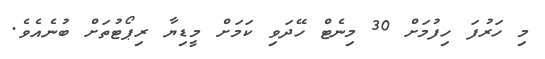
މި ހަރުފަ ހިފުމަށް 30 މިނެޓް ހޭދަވި ކަމަށް މީޑިޔާ ރިޕޯޓުތަށް ބުނެއެވެ.